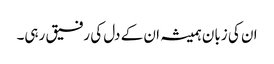
ان کی زبان ہمیشہ ان کے دل کی رفیق رہی۔